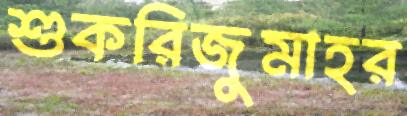
শুকরিজুমাহর